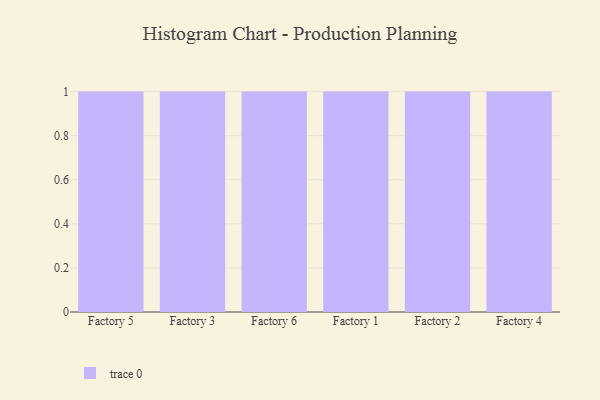
{"axis": {"x": "Factory", "y": "Website Visitors"}, "legend": [""], "data": [{"x": "Factory 5", "y": 52, "type": ""}, {"x": "Factory 3", "y": 22, "type": ""}, {"x": "Factory 6", "y": 29, "type": ""}, {"x": "Factory 1", "y": 48, "type": ""}, {"x": "Factory 2", "y": 81, "type": ""}, {"x": "Factory 4", "y": 68, "type": ""}]}